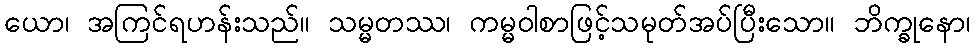
ယော၊ အကြင်ရဟန်းသည်။ သမ္မတဿ၊ ကမ္မဝါစာဖြင့်သမုတ်အပ်ပြီးသော။ ဘိက္ခုနော၊